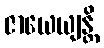
ဇာယေယျန္တိ